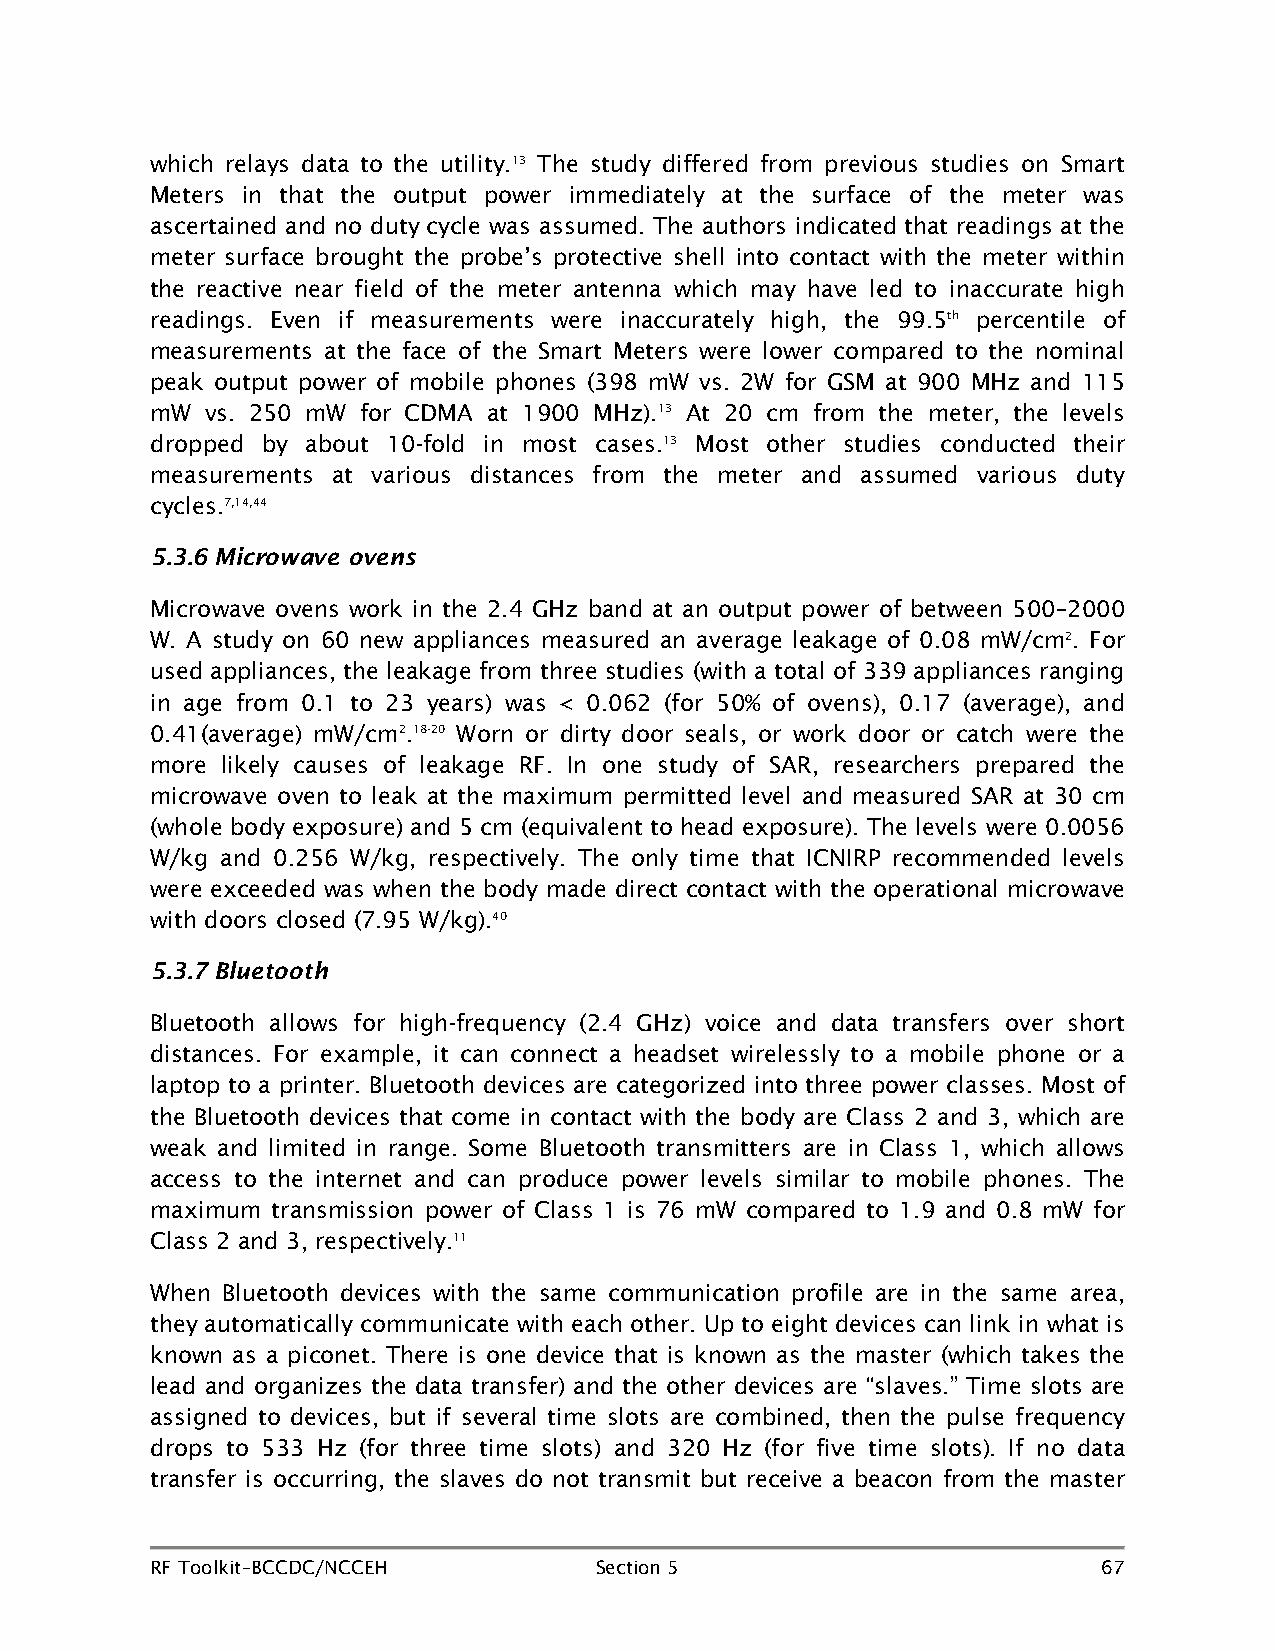
which relays data to the utility.13 The study differed from previous studies on Smart
 Meters in that the output power immediately at the surface of the meter was
 ascertained and no duty cycle was assumed. The authors indicated that readings at the
 meter surface brought the probe’s protective shell into contact with the meter within
 the reactive near field of the meter antenna which may have led to inaccurate high
 readings. Even if measurements were inaccurately high, the 99.5th percentile of
 measurements at the face of the Smart Meters were lower compared to the nominal
 peak output power of mobile phones (398 mW vs. 2W for GSM at 900 MHz and 115
 mW  vs. 250 mW for CDMA at 1900 MHz).13 At 20 cm from the meter, the levels
 dropped by about 10-fold in most cases.13 Most other studies conducted their
 measurements at various distances from the meter and assumed various duty
 cycles.7,14,44
 5.3.6 Microwave ovens
 Microwave ovens work in the 2.4 GHz band at an output power of between 500–2000
 W. A study on 60 new appliances measured an average leakage of 0.08 mW/cm2. For
 used appliances, the leakage from three studies (with a total of 339 appliances ranging
 in age from 0.1 to 23 years) was < 0.062 (for 50% of ovens), 0.17 (average), and
 0.41(average) mW/cm2.18-20 Worn or dirty door seals, or work door or catch were the
 more likely causes of leakage RF. In one study of SAR, researchers prepared the
 microwave oven to leak at the maximum permitted level and measured SAR at 30 cm
 (whole body exposure) and 5 cm (equivalent to head exposure). The levels were 0.0056
 W/kg and 0.256 W/kg, respectively. The only time that ICNIRP recommended levels
 were exceeded was when the body made direct contact with the operational microwave
 with doors closed (7.95 W/kg).40
 5.3.7 Bluetooth
 Bluetooth allows for high-frequency (2.4 GHz) voice and data transfers over short
 distances. For example, it can connect a headset wirelessly to a mobile phone or a
 laptop to a printer. Bluetooth devices are categorized into three power classes. Most of
 the Bluetooth devices that come in contact with the body are Class 2 and 3, which are
 weak and limited in range. Some Bluetooth transmitters are in Class 1, which allows
 access to the internet and can produce power levels similar to mobile phones. The
 maximum transmission power of Class 1 is 76 mW compared to 1.9 and 0.8 mW for
 Class 2 and 3, respectively.11
 When Bluetooth devices with the same communication profile are in the same area,
 they automatically communicate with each other. Up to eight devices can link in what is
 known as a piconet. There is one device that is known as the master (which takes the
 lead and organizes the data transfer) and the other devices are “slaves.” Time slots are
 assigned to devices, but if several time slots are combined, then the pulse frequency
 drops to 533 Hz (for three time slots) and 320 Hz (for five time slots). If no data
 transfer is occurring, the slaves do not transmit but receive a beacon from the master
 RF Toolkit–BCCDC/NCCEH       Section 5                         67